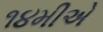
૧૪મીએ